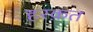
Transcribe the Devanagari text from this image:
हरक़त